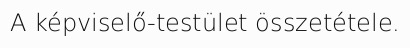
A képviselő-testület összetétele.